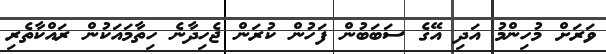
ވަރަށް މުހިންމު އަދި އޭގެ ސަބަބުން ފަހުން ކުރަން ޖެހިދާނެ ހިތާމައަކުން ރައްކާތެރި